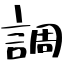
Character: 調